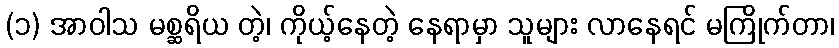
(၁) အာဝါသ မစ္ဆရိယ တဲ့၊ ကိုယ့်နေတဲ့ နေရာမှာ သူများ လာနေရင် မကြိုက်တာ၊